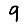
Digit: 9